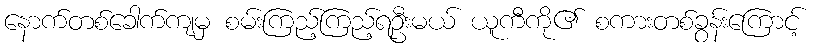
နောက်တစ်ခေါက်ကျမှ စမ်းကြည့်ကြည့်ရဦးမယ် ယူကီကို၏ စကားတစ်ခွန်းကြောင့်